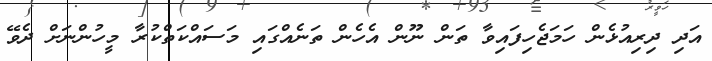
އަދި ދިރިއުޅެން ހަމަޖެހިފައިވާ ތަން ނޫން އެހެން ތަނެއްގައި މަސައްކަތްކުރާ މީހުންނަށް ދެވޭ